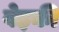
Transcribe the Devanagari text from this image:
वेइकी